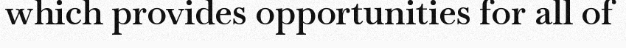
which provides opportunities for all of